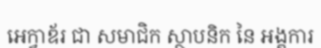
អេក្វាឌ័រ ជា សមាជិក ស្ថាបនិក នៃ អង្គការ